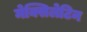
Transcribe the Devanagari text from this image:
मेक्सिलेटिन